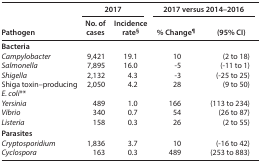
| <ROWSPAN=2> Pathogen | <COLSPAN=2> 2017 | <COLSPAN=2> 2017 versus 2014–2016 |
 | No. of cases | Incidence rate§ | % Change¶ | (95% CI) |
 | --- | --- | --- | --- | --- |
 | <COLSPAN=5> Bacteria |
 | Campylobacter | 9,421 | 19.1 | 10 | (2 to 18) |
 | Salmonella | 7,895 | 16.0 | -5 | (-11 to 1) |
 | Shigella | 2,132 | 4.3 | -3 | (-25 to 25) |
 | Shiga toxin–producing E. coli** | 2,050 | 4.2 | 28 | (9 to 50) |
 | Yersinia | 489 | 1.0 | 166 | (113 to 234) |
 | Vibrio | 340 | 0.7 | 54 | (26 to 87) |
 | Listeria | 158 | 0.3 | 26 | (2 to 55) |
 | <COLSPAN=5> Parasites |
 | Cryptosporidium | 1,836 | 3.7 | 10 | (-16 to 42) |
 | Cyclospora | 163 | 0.3 | 489 | (253 to 883) |